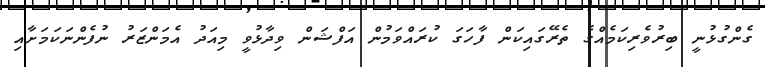
ގެންގުޅުނީ ބިރުވެރިކަމެއްގެ ތެރޭގައިކަން ފާހަގަ ކުރައްވަމުން އަފްޝަން ވިދާޅުވީ މިއަދު އެމަންޒަރު ނުފެންނަކަމަށާއި